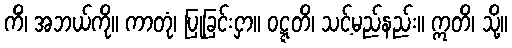
ကိံ၊ အဘယ်ကို။ ကာတုံ၊ ပြုခြင်းငှာ။ ဝဋ္ဋတိ၊ သင့်မည်နည်း။ ဣတိ၊ သို့။